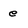
Character: e